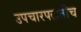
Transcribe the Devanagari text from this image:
उपचारपद्धतीच